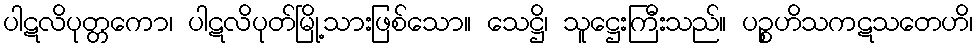
ပါဋလိပုတ္တကော၊ ပါဋလိပုတ်မြို့သားဖြစ်သော။ သေဋ္ဌိ၊ သူဋ္ဌေးကြီးသည်။ ပဉ္စဟိသကဋသတေဟိ၊